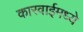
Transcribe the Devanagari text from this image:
कारवाईमध्ये